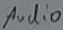
Text: Audio